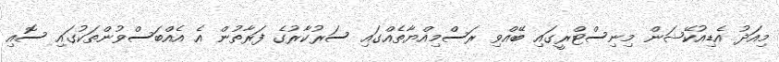
މިއަދު އެޑިއުކޭޝަން މިނިސްޓްރީގައި ބޭއްވި ރަސްމިއްޔާތެއްގައި ސަރުކާރުގެ ފަރާތުން އެ އެއްބަސްވުންތަކުގައި ސޮއި